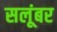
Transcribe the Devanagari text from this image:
सलूंबर